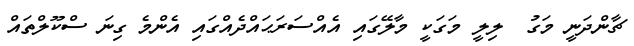
ޗާންދަނީ މަގު  ލިލީ މަގަކީ މާލޭގައި އެއްސަރަޙައްދެއްގައި އެންމެ ގިނަ ސްކޫލްތައް